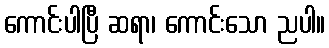
ကောင်းပါပြီ ဆရာ၊ ကောင်းသော ညပါ။